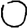
Digit: 0